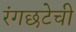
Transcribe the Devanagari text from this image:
रंगछटेची